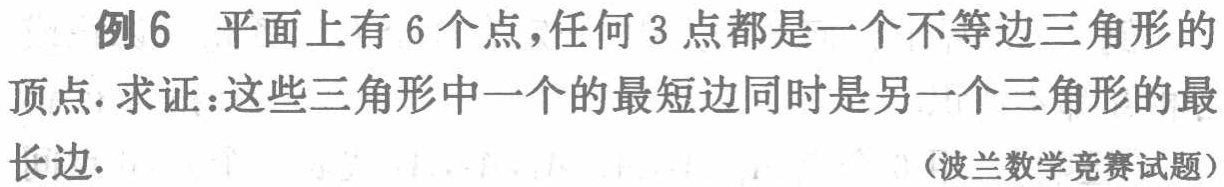
例6 平面上有6个点，任何3点都是一个不等边三角形的顶点. 求证：这些三角形中一个的最短边同时是另一个三角形的最长边.

(波兰数学竞赛试题)